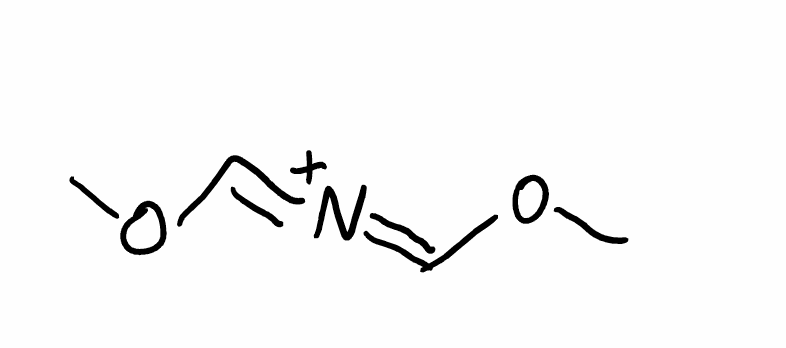
Simplified molecular-input line-entry system (SMILES) notation of the given molecule:
COC=[N+]=COC